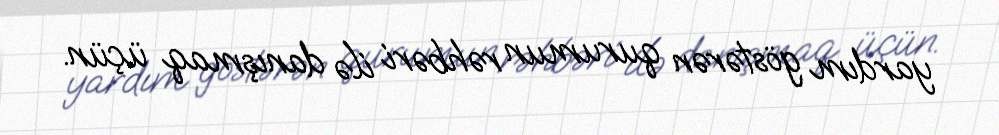
yardım göstərən qurumun rəhbəri ilə danışmaq üçün.